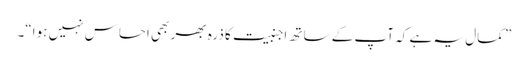
” کمال یہ ہے کہ آپ کے ساتھ اجنبیت کا ذرہ بھر بھی احساس نہیں ہوا“۔